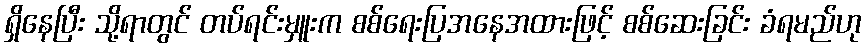
ရှိနေပြီး သို့ရာတွင် တပ်ရင်းမှူးက စစ်ရေးပြအနေအထားဖြင့် စစ်ဆေးခြင်း ခံရမည်ဟု